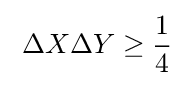
\;\Delta X\Delta Y\geq {\frac {1}{4}}